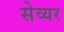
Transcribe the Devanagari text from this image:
सेव्यर